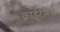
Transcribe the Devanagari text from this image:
क्राईटेरिया